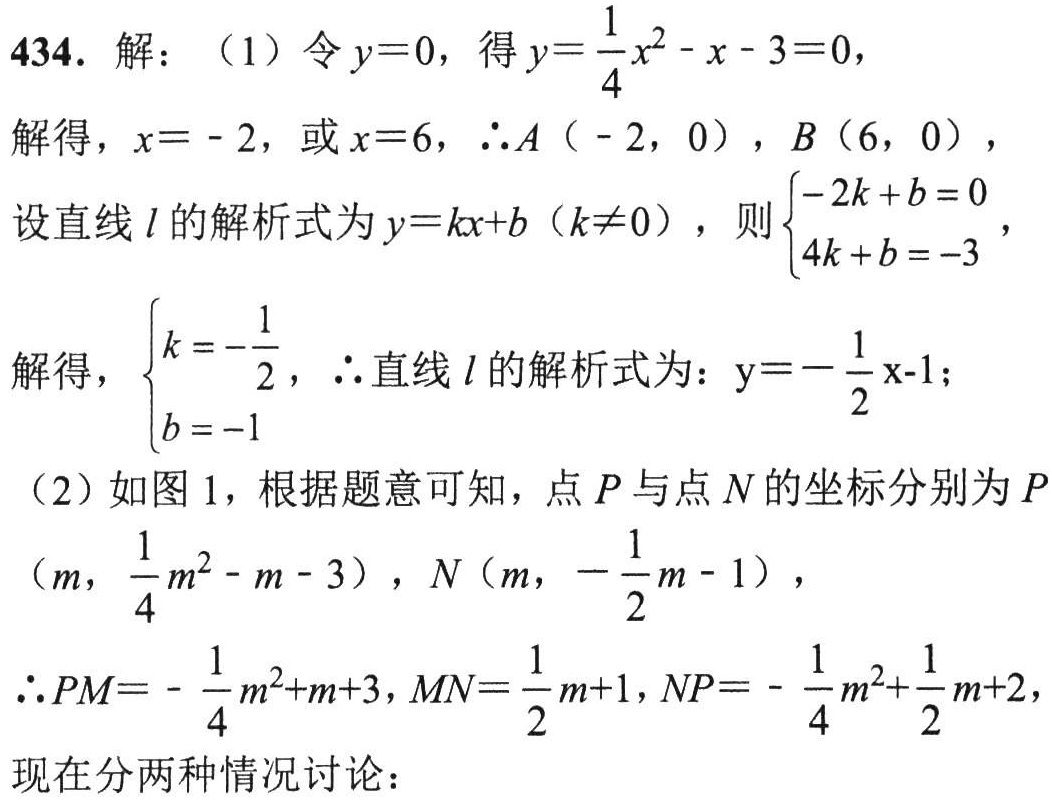
434. 解：（1）令 \(y = 0\)，得 \(y=\frac{1}{4}x^{2}-x - 3 = 0\)，
解得，\(x=-2\)，或 \(x = 6\)，\(\therefore A(-2,0)\)，\(B(6,0)\)，
设直线 \(l\) 的解析式为 \(y = kx + b\)（\(k\neq0\)），则\(\begin{cases}-2k + b = 0\\4k + b = - 3\end{cases}\)，
解得，\(\begin{cases}k=-\frac{1}{2}\\b = - 1\end{cases}\)，\(\therefore\)直线 \(l\) 的解析式为：\(y=-\frac{1}{2}x - 1\)；
（2）如图 1，根据题意可知，点 \(P\) 与点 \(N\) 的坐标分别为 \(P(m,\frac{1}{4}m^{2}-m - 3)\)，\(N(m,-\frac{1}{2}m - 1)\)，
\(\therefore PM=-\frac{1}{4}m^{2}+m + 3,MN=\frac{1}{2}m + 1,NP=-\frac{1}{4}m^{2}+\frac{1}{2}m + 2\)，
现在分两种情况讨论：